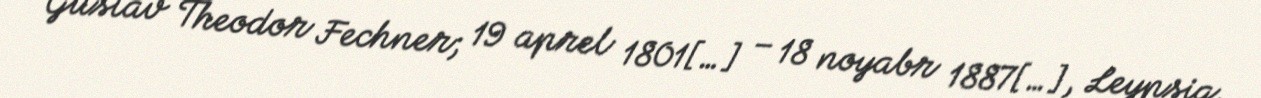
Gustav Theodor Fechner; 19 aprel 1801[…] – 18 noyabr 1887[…], Leypsiq,